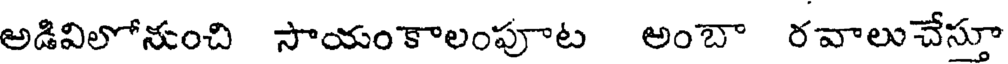
అడివిలోనుంచి సాయంకాలంపూట అంబా రవాలుచేస్తూ